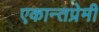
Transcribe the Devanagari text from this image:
एकान्तप्रेमी